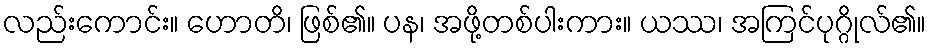
လည်းကောင်း။ ဟောတိ၊ ဖြစ်၏။ ပန၊ အဖို့တစ်ပါးကား။ ယဿ၊ အကြင်ပုဂ္ဂိုလ်၏။